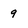
Character: 9